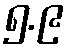
၅.၉